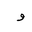
Letter: _waw